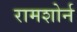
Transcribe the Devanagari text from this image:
रामशोर्न